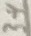
Text: 34